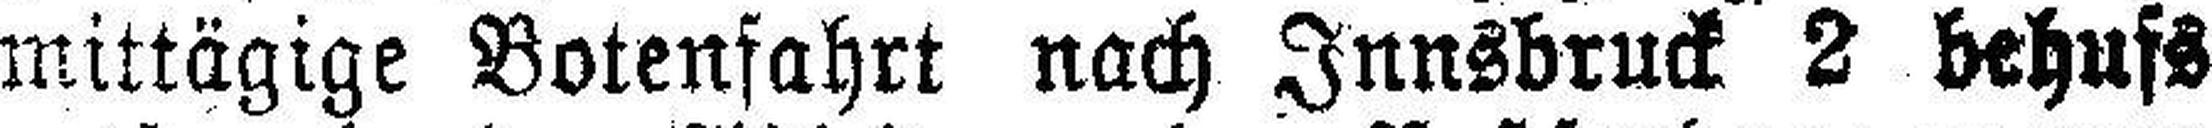
mittägige Botenfahrt nach Innsbruck 2 behufs